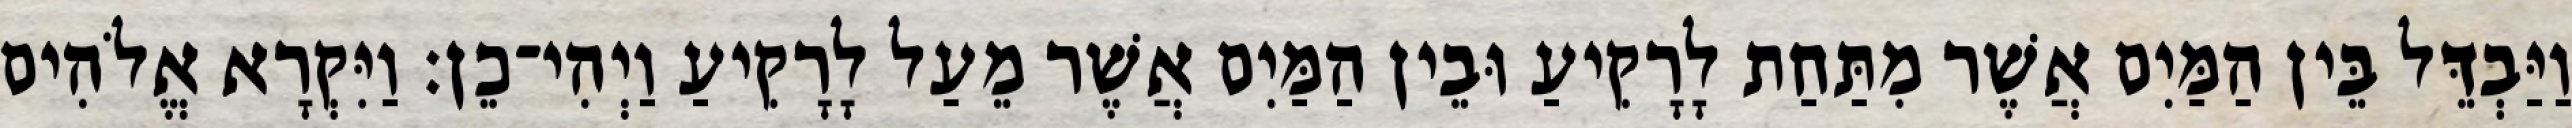
וַיַּבְדֵּל בֵּין הַמַּיִם אֲשֶׁר מִתַּחַת לָרָקִיעַ וּבֵין הַמַּיִם אֲשֶׁר מֵעַל לָרָקִיעַ וַיְהִי־כֵן׃ וַיִּקְרָא אֱלֹהִים